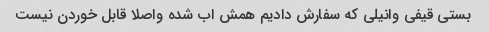
بستی قیفی وانیلی که سفارش دادیم همش اب شده واصلا قابل خوردن نیست